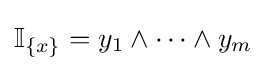
\mathbb {I} _{\{x\}}=y_{1}\wedge \cdots \wedge y_{m}